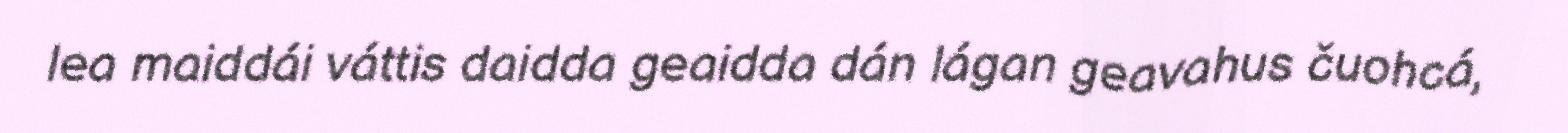
lea maiddái váttis daidda geaidda dán lágan geavahus čuohcá,